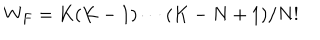
LaTeX: W _ { F } = K ( K - 1 ) \cdots ( K - N + 1 ) / N ! \nonumber